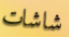
شاشات